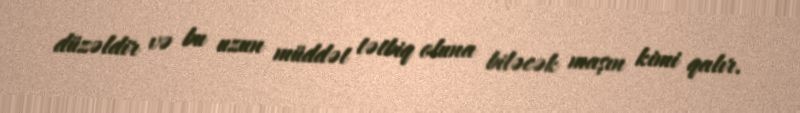
düzəldir və bu uzun müddət tətbiq oluna biləcək maşın kimi qalır.